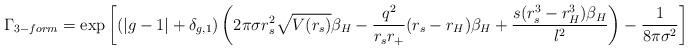
LaTeX: \begin{align*}\Gamma_{3-form} = \exp\left[ (|g-1|+\delta_{g,1})\left(2\pi\sigma r_s^2\sqrt{V(r_s)}\beta_H -\frac{q^2}{r_s r_+}(r_s-r_H)\beta_H+ \frac{s(r_s^3-r_H^3)\beta_H}{\l^2}\right) - \frac{1}{8\pi\sigma^2}\right]\end{align*}